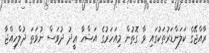
ރާއްޖޭގެ ކަލަންޑަރުތަކުގައި ވާ ގޮތުން މިއަހަރުގެ އަޟްހާ ޢީދު ދުވަސް ނުވަތަ ޛުލްހިއްޖާ